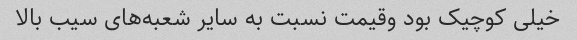
خیلی کوچیک بود وقیمت نسبت به سایر شعبه‌های سیب بالا